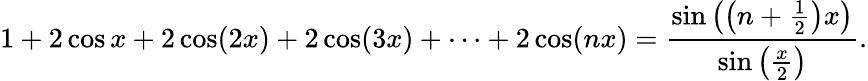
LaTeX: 1+2\cos x+2\cos(2x)+2\cos(3x)+\cdots+2\cos(nx)={\frac{\sin\left(\left(n+{\frac{1}{2}}\right)x\right)}{\sin\left({\frac{x}{2}}\right)}}.